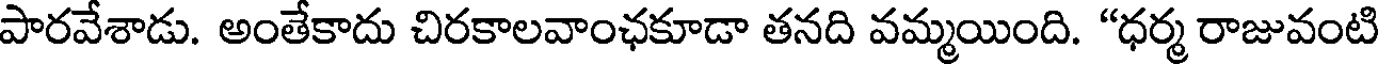
పారవేశాడు. అంతేకాదు చిరకాలవాంఛకూడా తనది వమ్మయింది. "ధర్మ రాజువంటి